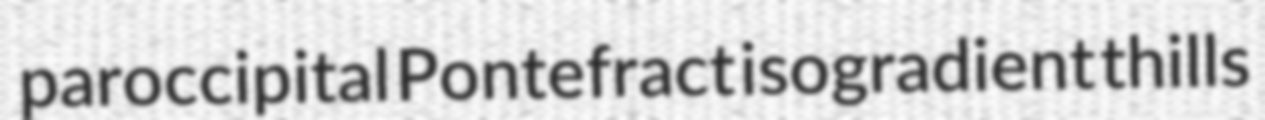
paroccipital Pontefract isogradient thills